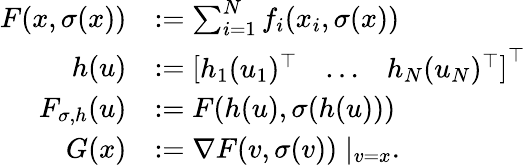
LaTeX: \begin{array}{rl}{F(x,\sigma(x))}&{:=\sum_{i=1}^{N}f_{i}(x_{i},\sigma(x))}\\ {h(u)}&{:=\left[\begin{array}{lll}{h_{1}(u_{1})^{\top}}&{\dots}&{h_{N}(u_{N})^{\top}}\end{array}\right]^{\top}}\\ {F_{\sigma,h}(u)}&{:=F(h(u),\sigma(h(u)))}\\ {G(x)}&{:=\nabla F(v,\sigma(v))\mid_{v=x}.}\end{array}